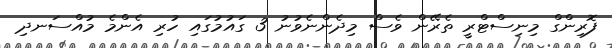
ފޮރިންގް މިނިސްޓްރީ ތެރޭން ވެސް މިދެންނެވުނު 3 ގައުމުގައި ހުރި އެންމެ މުއްސަނދި